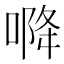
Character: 𭉓